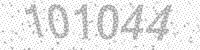
Solution: 101044